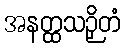
အနတ္ထသဉှိတံ